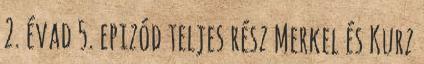
2. évad 5. epizód teljes rész Merkel és Kurz